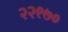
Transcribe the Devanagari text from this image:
२२९७०